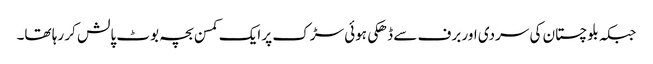
جبکہ بلوچستان کی سردی اور برف سے ڈھکی ہوئی سڑک پر ایک کمسن بچہ بوٹ پالش کر رہا تھا۔